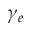
\gamma _ { e }